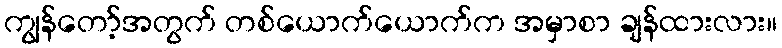
ကျွန်တော့်အတွက် တစ်ယောက်ယောက်က အမှာစာ ချန်ထားလား။